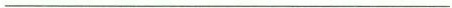
___